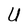
Character: U